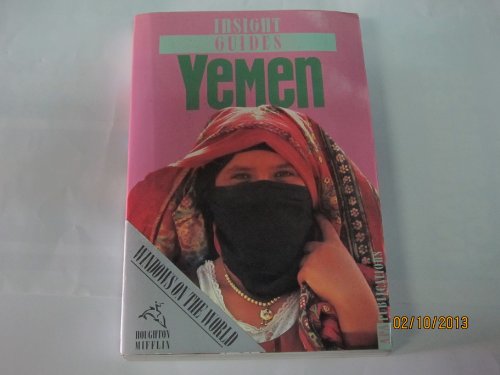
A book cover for Insight Guides Yemen; Insight Guides; Travel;